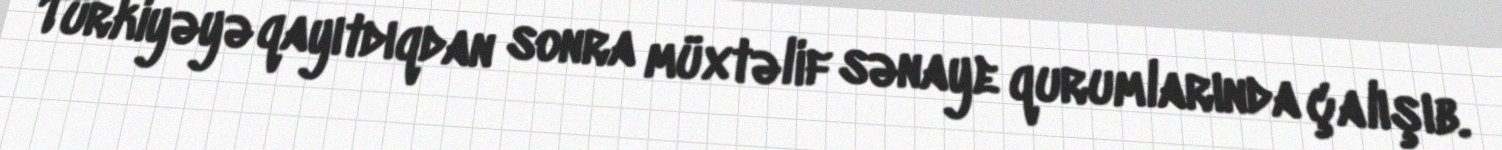
Türkiyəyə qayıtdıqdan sonra müxtəlif sənaye qurumlarında çalışıb.